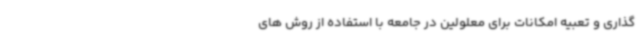
گذاری و تعبیه امکانات برای معلولین در جامعه با استفاده از روش های